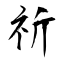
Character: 祈